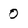
Character: 0